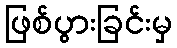
ဖြစ်ပွားခြင်းမှ